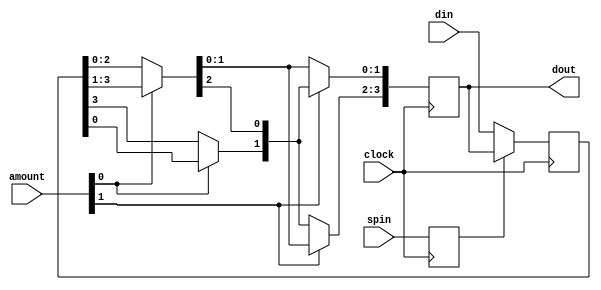
// Spinner.
//


module spinner(clock,spin,amount,din,dout);
    input	 clock;
    input 	 spin;
    input [1:0]  amount;
    input [3:0]  din;
    output [3:0] dout;

    reg [3:0] 	 dout;
    reg [3:0] 	 inr;
    reg 	 spl;

    wire [3:0] 	 tmp0;
    wire [3:0] 	 tmp1;
    wire [3:0] 	 tmp2;

    initial begin
	dout = 0;
	inr = 0;
	spl = 0;
    end

    assign tmp0 = inr;
    assign tmp1[2:0] = amount[0] ?  tmp0[3:1] : tmp0[2:0];
    assign tmp1[3]   = amount[0] ?  tmp0[0]   : tmp0[3];
    assign tmp2[1:0] = amount[1] ?  tmp1[3:2] : tmp1[1:0];
    assign tmp2[3:2] = amount[1] ?  tmp1[1:0] : tmp1[3:2];

    always @ (posedge clock) begin
	if (spl)
	  inr = dout;
	else
	  inr = din;
	dout = tmp2;
	spl = spin;
    end // always @ (posedge clock)

endmodule // rotate